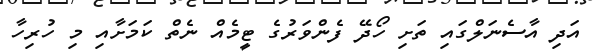
އަދި އާސެނަލްގައި ތަށި ހޯދޭ ފެންވަރުގެ ޓީމެއް ނެތް ކަމަށާއި މި ހުރިހާ